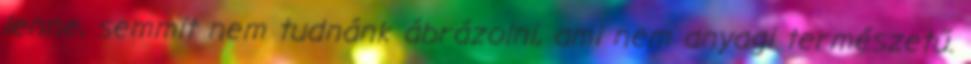
lenne, semmit nem tudnánk ábrázolni, ami nem anyagi természetű.